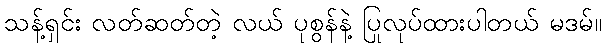
သန့်ရှင်း လတ်ဆတ်တဲ့ လယ် ပုစွန်နဲ့ ပြုလုပ်ထားပါတယ် မဒမ်။